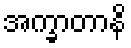
အက္ခာတာနိ